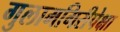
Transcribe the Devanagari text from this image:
गुलामगिरीपेक्षा